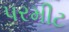
પરમીટ